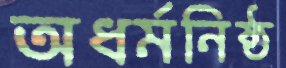
অধর্মনিষ্ঠ